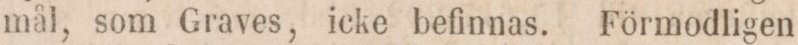
mål, som Graves, icke befinnas. Förmodligen